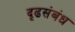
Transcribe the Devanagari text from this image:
दृढसंबंध